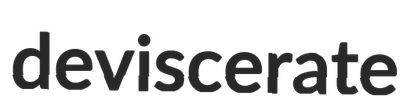
deviscerate